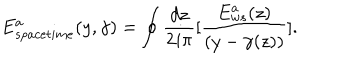
LaTeX: E _ { s p a c e t i m e } ^ { a } ( y , \gamma ) = \oint { \frac { d z } { 2 i \pi } } \lbrack { \frac { E _ { w s } ^ { a } ( z ) } { ( y - \gamma ( z ) ) } } \rbrack .